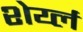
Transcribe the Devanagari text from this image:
शेर्य्ल